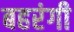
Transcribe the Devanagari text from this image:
बहरंगी